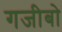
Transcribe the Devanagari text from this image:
गजीबो